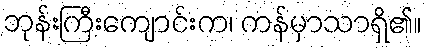
ဘုန်းကြီးကျောင်းက၊ ကန်မှာသာရှိ၏။